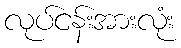
လုပ်ငန်းအားလုံး